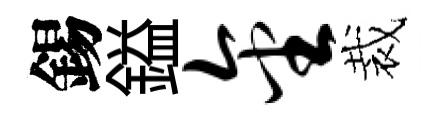
錫鎰金裁